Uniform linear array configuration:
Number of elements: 24
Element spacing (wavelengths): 0.25
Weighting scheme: blackman
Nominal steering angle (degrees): -15
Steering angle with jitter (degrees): -15.277
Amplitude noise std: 0.05
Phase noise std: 0.05

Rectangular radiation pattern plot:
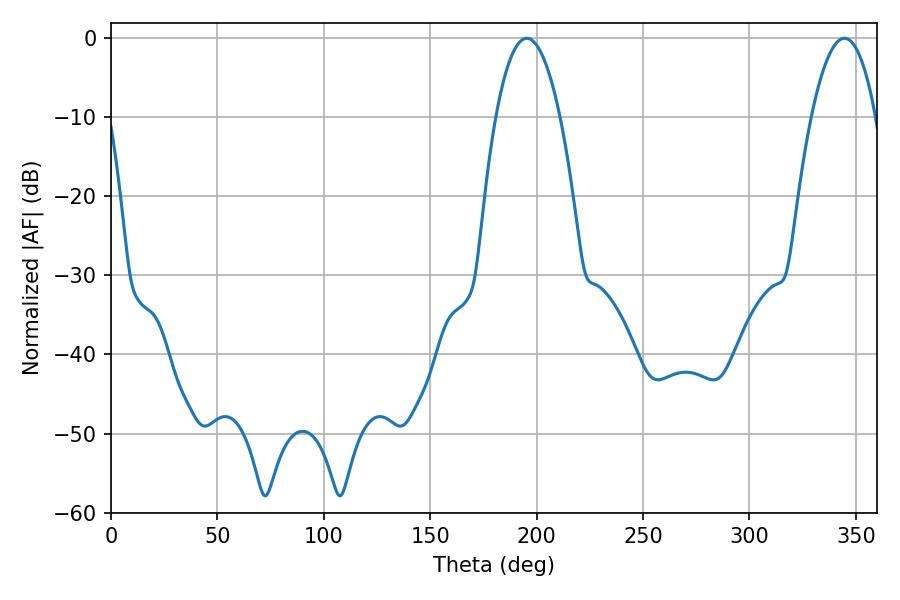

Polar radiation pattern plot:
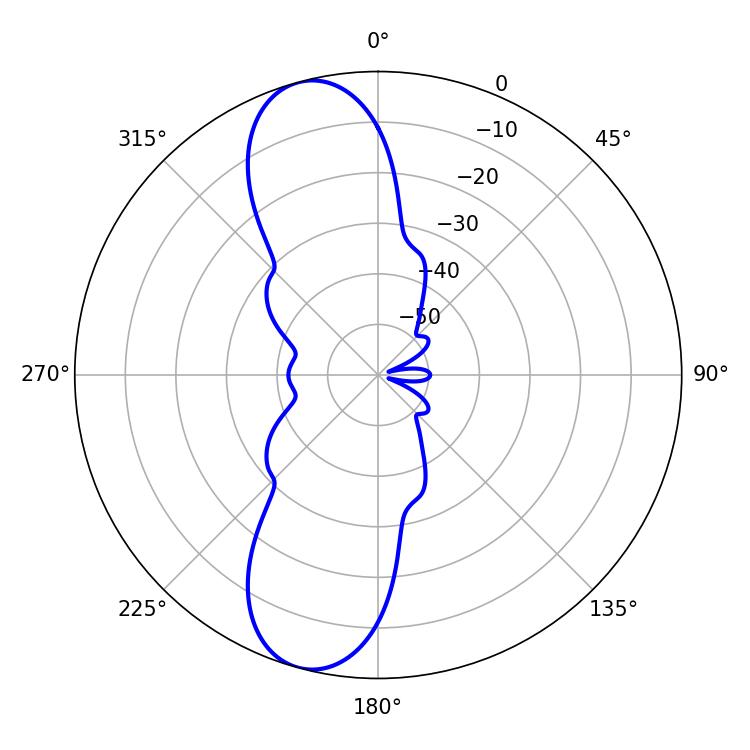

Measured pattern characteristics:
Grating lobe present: FALSE
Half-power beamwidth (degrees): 16.74
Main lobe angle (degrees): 195.3